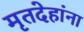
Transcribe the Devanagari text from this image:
मृतदेहांना